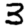
Digit: 3